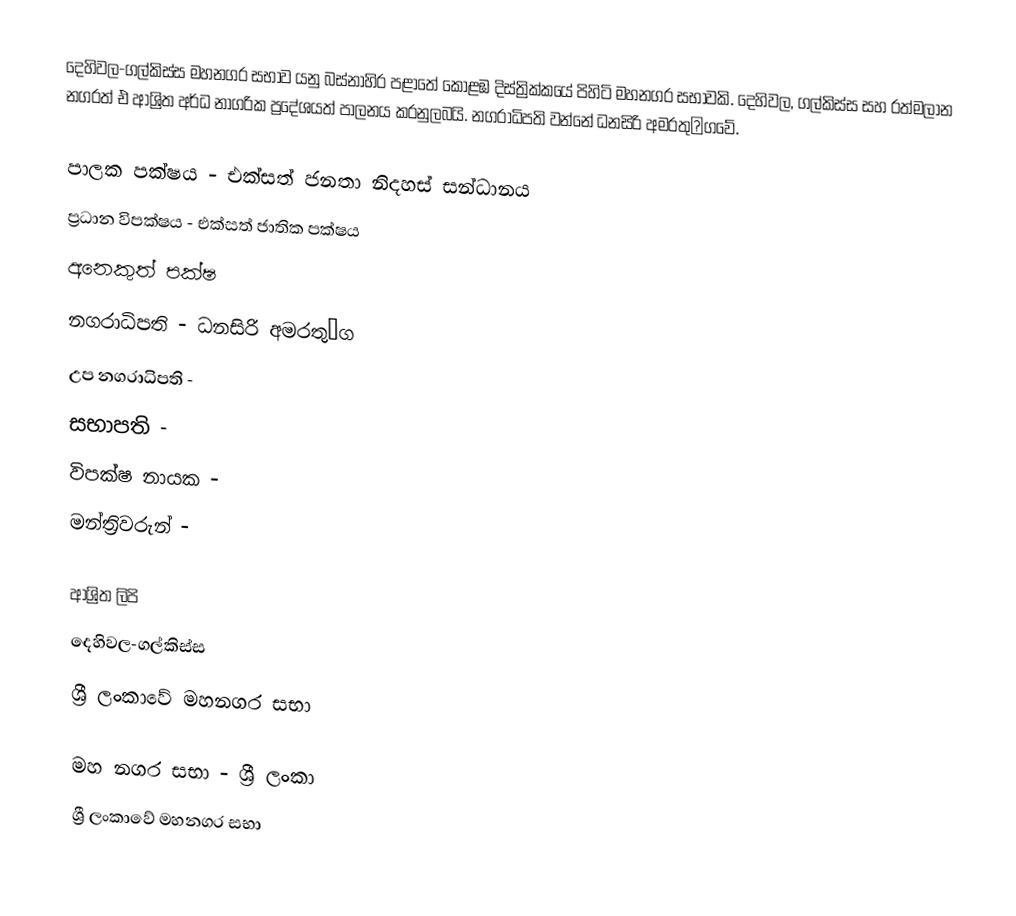
දෙහිවල-ගල්කිස්ස මහනගර සභාව යනු බස්නාහිර පළාතේ  කොළඹ දිස්ත්‍රික්කයේ පිහිටි මහනගර ස﻿භාවකි. දෙහිවල, ගල්කිස්ස සහ රත්මලාන නගරත් එ ආශ්‍රිත අර්ධ නාගරික ප්‍රදේශයත් පාලනය කරනුලබයි.  නගරාධිපති වන්නේ ධනසිරි අමරතු০ගවේ.

පාලක පක්ෂය - එක්සත් ජනතා නිදහස් සන්ධානය
ප්‍රධාන විපක්ෂය - එක්සත් ජාතික පක්ෂය
අනෙකුත් පක්ෂ
නගරාධිපති - ධනසිරි අමරතු০ග
උප නගරාධිපති -
සභාපති -
විපක්ෂ නායක -
මන්ත්‍රිවරුන් -

ආශ්‍රිත ලිපි
 දෙහිවල-ගල්කිස්ස
 ශ්‍රී ලංකාවේ මහනගර සභා

මහ නගර සභා - ශ්‍රී ලංකා
ශ්‍රී ලංකාවේ මහනගර සභා